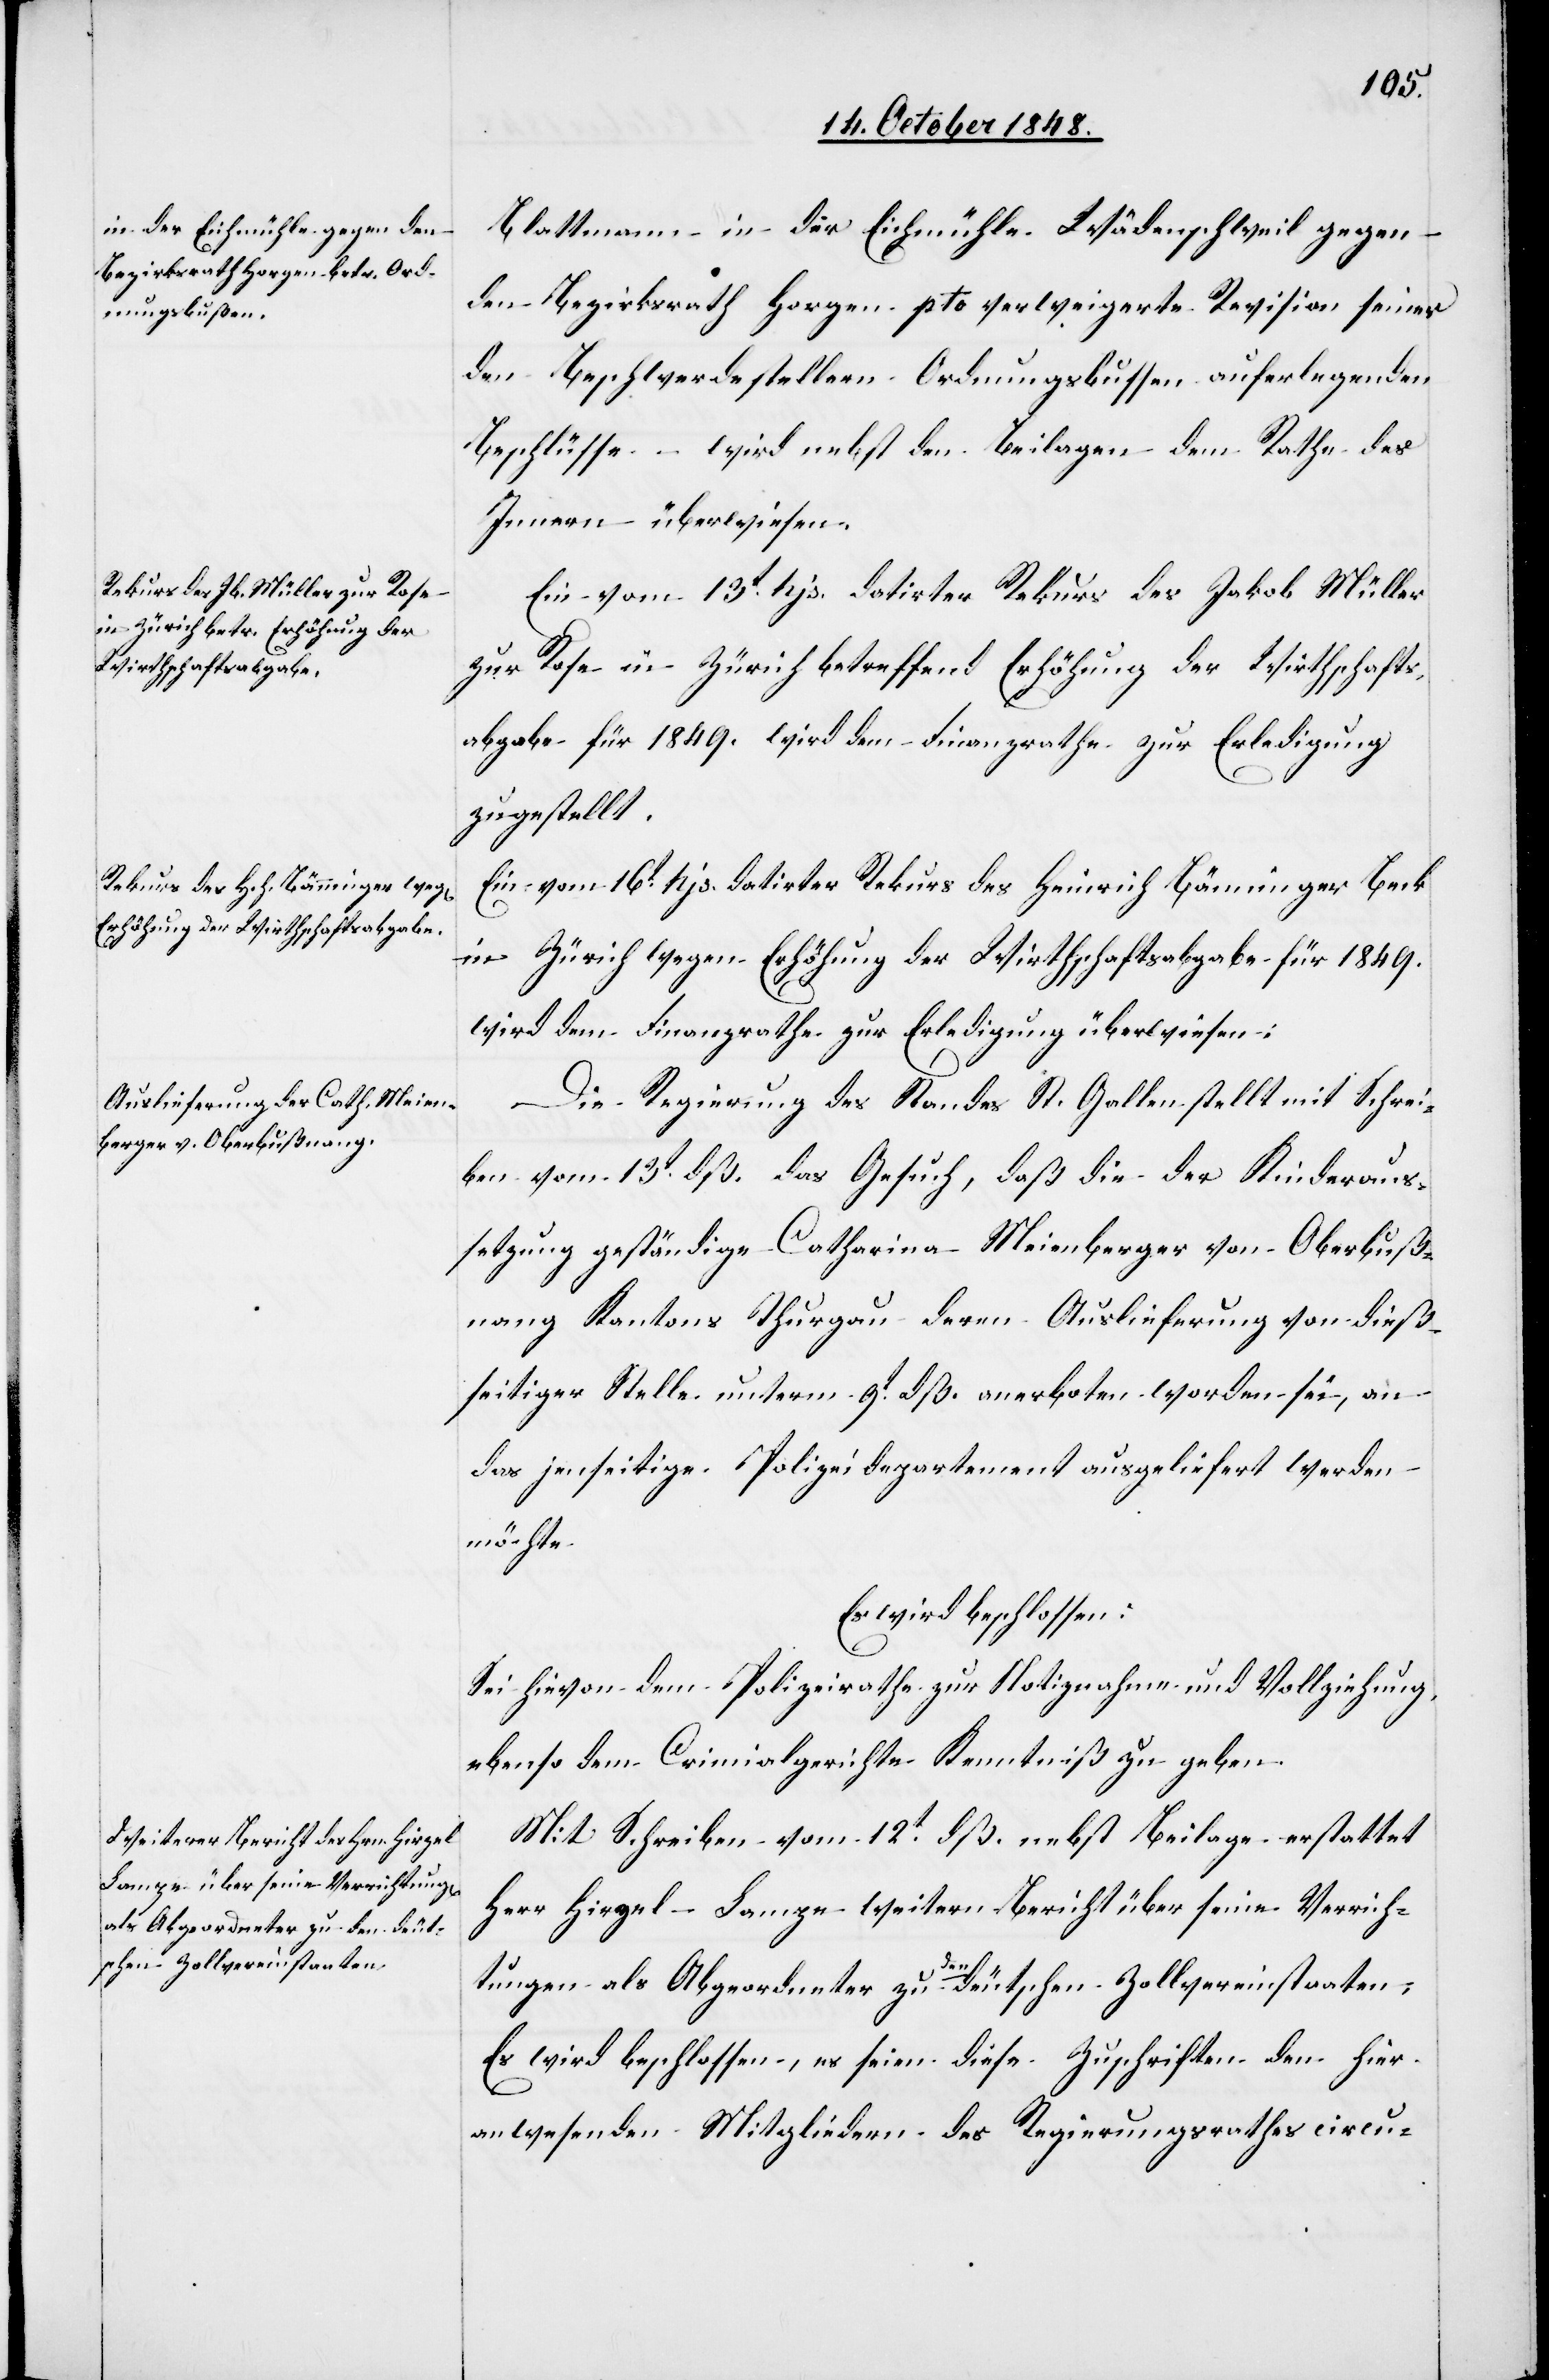
17t October 1848.]
Blattmann in der Eichmühle Wädenschweil gegen
den Bezirksrath Horgen pto. verweigerte Revision seiner
den Beschwerdestellern Ordnungsbussen auferlegenden
Beschlüsse – wird nebst den Beilagen dem Rathe des
Innern überwiesen.
Ein vom 13t hjs. datirter Rekurs des Jakob Müller
zur Rose in Zürich betreffend Erhöhung der Wirthschafts¬
abgabe für 1849. wird dem Finanzrathe zur Erledigung
zugestellt.
Ein vom 16t hjs. datirter Rekurs des Heinrich Bänninger Beck
in Zürich wegen Erhöhung der Wirthschaftsabgabe für 1849.
wird dem Finanzrathe zur Erledigung überwiesen.
Die Regierung des Standes St. Gallen stellt mit Schrei¬
ben vom 13t dß. das Gesuch, daß die der Kinderaus¬
setzung geständige Catharina Meienberger von Oberbuß¬
nang Kantons Thurgau deren Auslieferung von dieß¬
seitiger Stelle unterm 9t dß. anerboten worden sei, an
das jenseitige Polizeidepartement ausgeliefert werden
möchte
Es wird beschlossen:
Sei hievon dem Polizeirathe zur Notiznahme und Vollziehung,
ebenso dem Criminalgerichte Kenntniß zu geben.
Mit Schreiben vom 12t dß. nebst Beilage erstattet
Herr Hirzel–Lampe weitern Bericht über seine Verrich¬
tungen als Abgeordneter zu den deutschen Zollvereinstaaten,
Es wird beschlossen, es seien diese Zuschriften den hier
anwesenden Mitgliedern des Regierungsrathes Circu-